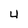
Character: 4